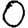
Digit: 0